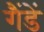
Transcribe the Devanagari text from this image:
गैंडें